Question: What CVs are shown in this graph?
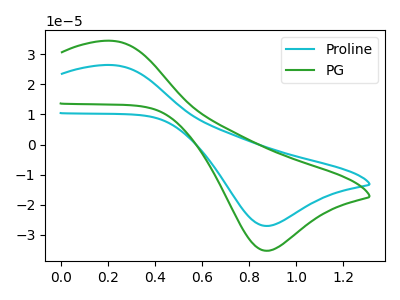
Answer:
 <answer>The cyan curve is labeled "Proline". The green curve is labeled "PG".</answer>
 <eval></eval>